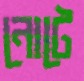
নোটে